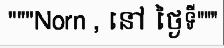
"""Norn , នៅ ថ្ងៃទី"""